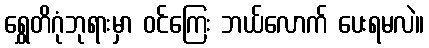
ရွှေတိဂုံဘုရားမှာ ဝင်ကြေး ဘယ်လောက် ပေးရမလဲ။